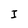
Character: I